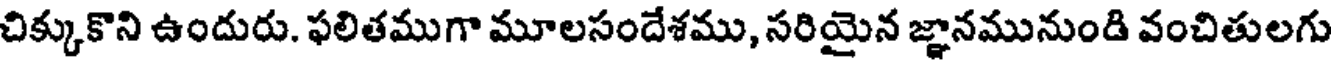
చిక్కుకొని ఉందురు. ఫలితముగా మూలసందేశము, సరియైన జ్ఞానమునుండి వంచితులగు